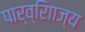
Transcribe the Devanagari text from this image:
पार्व्राािज्य